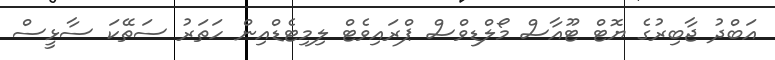
އަބްދު ޖާބިރުގެ ޔޮޓް ޓޫއާސް މޯލްޑިވްސް ޕްރައިވެޓް ލިމިޓެޑްއިން ހަތަރު ސަތޭކަ ސާޅީސް